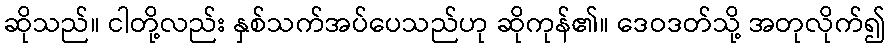
ဆိုသည်။ ငါတို့လည်း နှစ်သက်အပ်ပေသည်ဟု ဆိုကုန်၏။ ဒေဝဒတ်သို့ အတုလိုက်၍